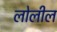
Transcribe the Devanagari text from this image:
लोलील